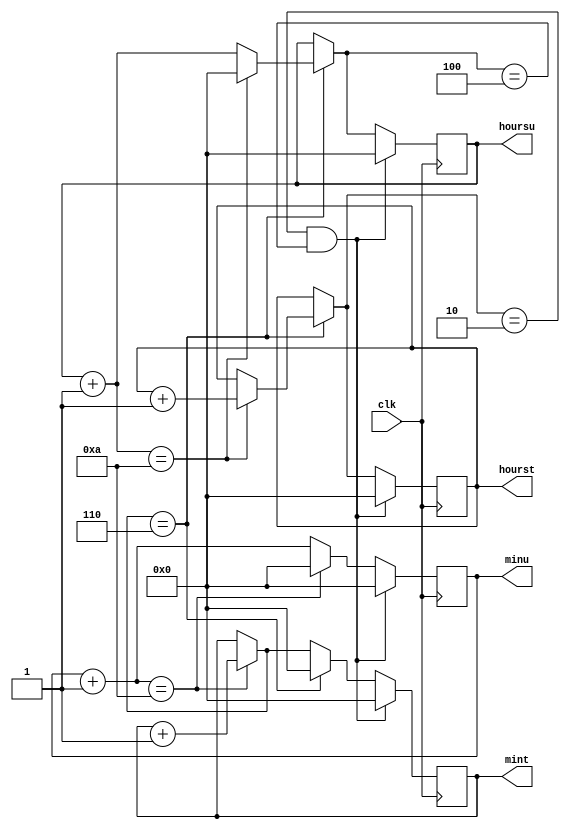
`timescale 1ns/1ns

module digital_clock(
  input wire clk,
  output reg [3:0] hourst,
  output reg [3:0] hoursu,
  output reg [3:0] mint,
  output reg [3:0] minu
);
  initial begin
    hourst=0;
    hoursu=0;
    mint=0;
    minu=0;
  end
  
  always @(posedge clk) begin
    minu=minu+1;
    
    if(minu=='d10) begin
      mint=mint+1;
      minu=0;
    end
    
    if(mint=='d6) begin
        hoursu=hoursu+1;
      	mint=0;
    if(hoursu=='d10) begin
          hourst=hourst+1;
      	  hoursu=0;      
    end
	end
    if(hourst=='d2 & hoursu=='d4)
    begin
      hourst=0;
      hoursu=0;
      mint=0;
      minu=0;
    end
    
    $display("time is: %d%d:%d%d", hourst, hoursu, mint, minu);
  end
endmodule